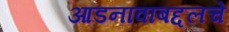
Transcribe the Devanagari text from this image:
आडनावाबद्दलचे